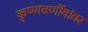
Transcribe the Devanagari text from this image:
कृष्णवर्णीयांवर